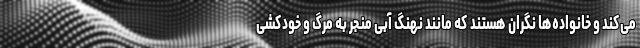
می‌کند و خانواده‌ها نگران هستند که مانند نهنگ آبی منجر به مرگ و خودکشی